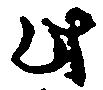
此